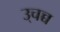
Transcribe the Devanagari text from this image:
उ्चच्च